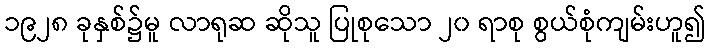
၁၉၂၈ ခုနှစ်၌မူ လာရုဆ ဆိုသူ ပြုစုသော ၂၀ ရာစု စွယ်စုံကျမ်းဟူ၍